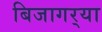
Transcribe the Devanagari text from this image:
बिजागर्‍या